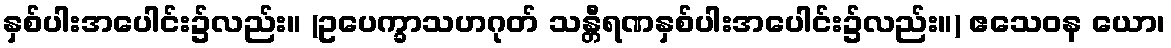
နှစ်ပါးအပေါင်း၌လည်း။ (ဥပေက္ခာသဟဂုတ် သန္တီရဏနှစ်ပါးအပေါင်း၌လည်း။) ဧသေဝန ယော၊